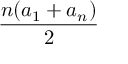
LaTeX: \frac { n ( a _ { 1 } + a _ { n } ) } { 2 }